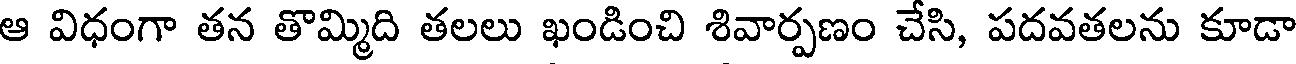
ఆ విధంగా తన తొమ్మిది తలలు ఖండించి శివార్పణం చేసి, పదవతలను కూడా